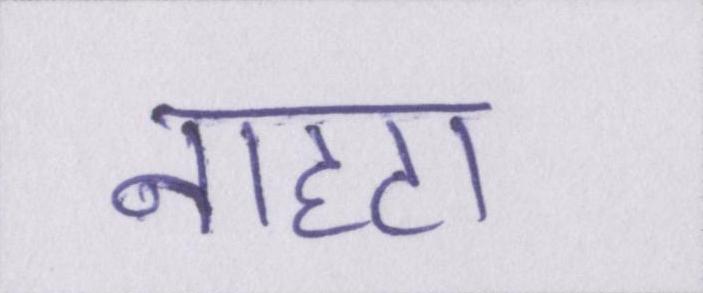
नाहटा